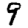
Digit: 9